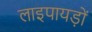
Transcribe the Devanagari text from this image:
लाइपायड़ों